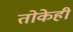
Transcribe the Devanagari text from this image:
तोकेही